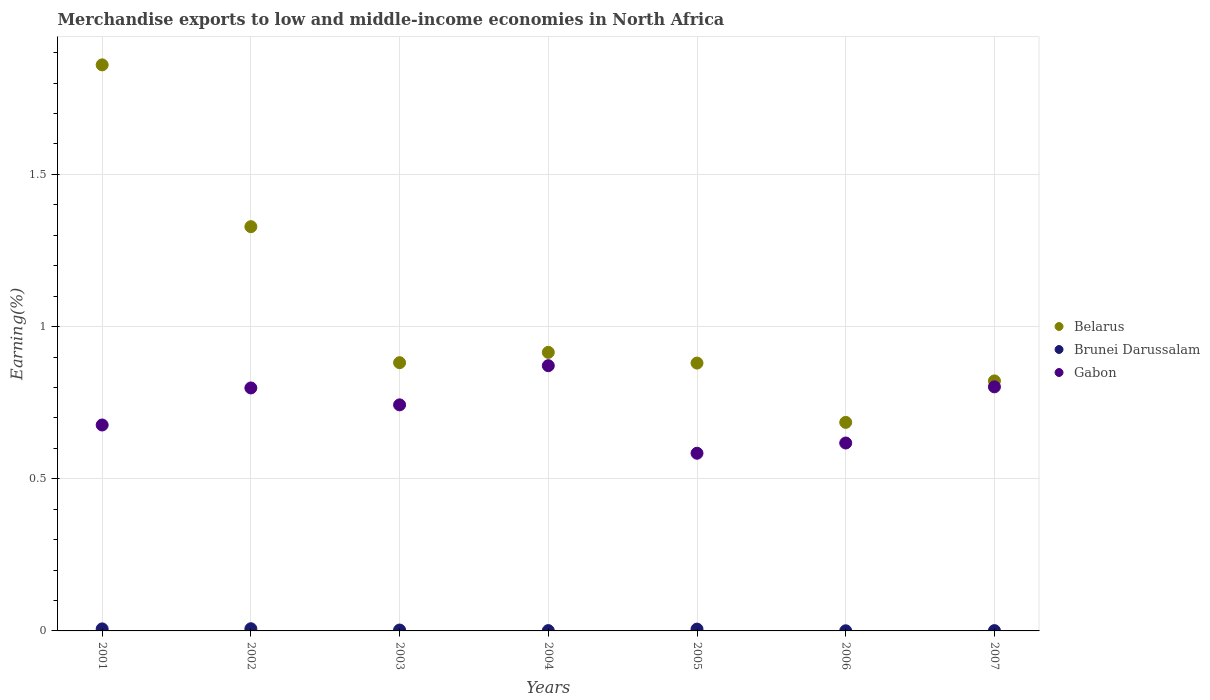
| Years | Belarus | Brunei Darussalam | Gabon |
 | --- | --- | --- | --- |
 | 2001 | 1.86 | 0.00667 | 0.677 |
 | 2002 | 1.33 | 0.00716 | 0.798 |
 | 2003 | 0.881 | 0.00292 | 0.743 |
 | 2004 | 0.915 | 0.00104 | 0.872 |
 | 2005 | 0.88 | 0.00595 | 0.584 |
 | 2006 | 0.685 | 0.000459 | 0.617 |
 | 2007 | 0.821 | 0.00101 | 0.802 |